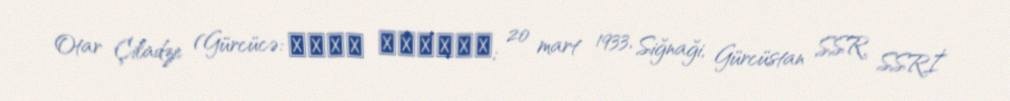
Otar Çiladze (Gürcücə: ოთარ ჭილაძე; 20 mart 1933, Siğnaği, Gürcüstan SSR, SSRİ